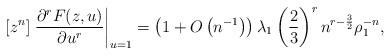
LaTeX: \begin{align*} [z^{n}] \left. \frac{\partial^{r} F(z,u)}{\partial u^{r}} \right|_{u=1} = \left( 1 + O\left( n^{-1} \right) \right) \lambda_{1} \left( \frac{2}{3} \right)^{r} n^{r-\frac{3}{2}} \rho_{1}^{-n} ,\end{align*}